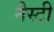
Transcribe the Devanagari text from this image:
नैस्टी